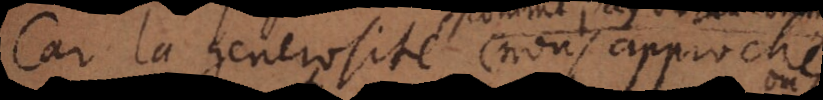
Car la generosité nous approche